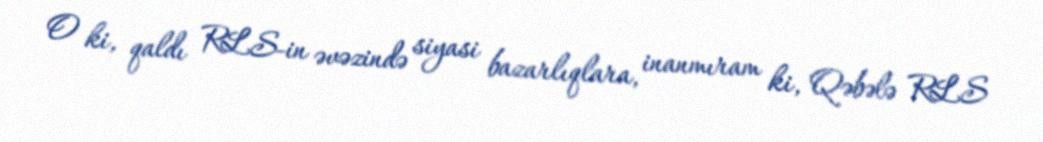
O ki, qaldı RLS-in əvəzində siyasi bazarlıqlara, inanmıram ki, Qəbələ RLS